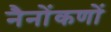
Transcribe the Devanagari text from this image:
नैनोंकणों